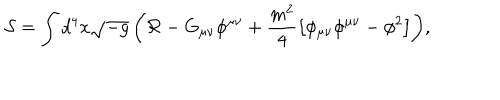
{ \mathcal { S } } = \int { d ^ { 4 } x \sqrt { - g } \left( { \mathcal { R } } - G _ { \mu \nu } \phi ^ { \mu \nu } + \frac { m ^ { 2 } } { 4 } \left[ \phi _ { \mu \nu } \phi ^ { \mu \nu } - \phi ^ { 2 } \right] \right) } ,